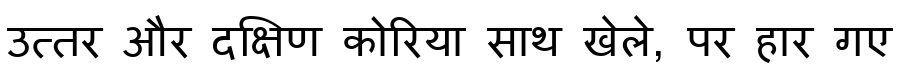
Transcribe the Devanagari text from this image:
उत्तर और दक्षिण कोरिया साथ खेले, पर हार गए